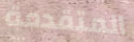
المتقدمة